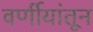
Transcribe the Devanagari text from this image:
वर्णीयांतून